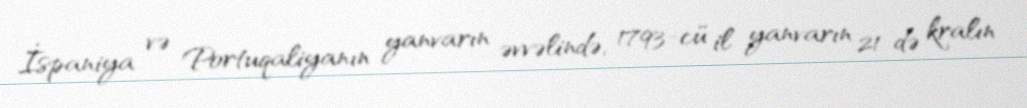
İspaniya və Portuqaliyanın yanvarın əvvəlində, 1793-cü il yanvarın 21-də kralın